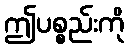
ဤပစ္စည်းကို